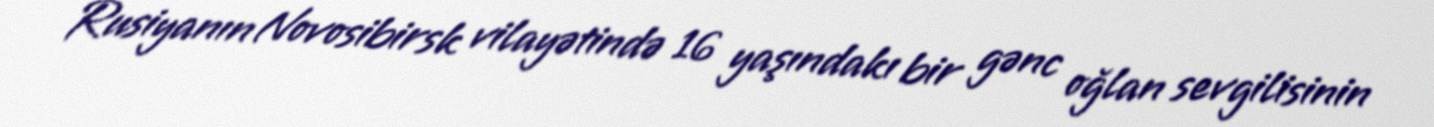
Rusiyanın Novosibirsk vilayətində 16 yaşındakı bir gənc oğlan sevgilisinin